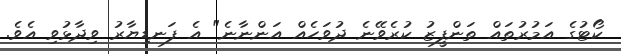
ކޯޓުގެ އަމުރުތައް ތަންފީޒު ކުރެވޭނެ ދުވަހެއް އަންނާނެ" އެ ފަނޑިޔާރު ވިދާޅުވި އެވެ.